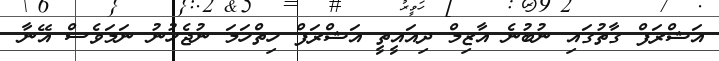
އަޝްރަފް ގާތުގައި ނުބުނެ އާޒިމް ދިއައީތީ އަޝްރަފް ހިތްހަމަ ނުޖެހުނު ނަމަވެސް އޭނާ